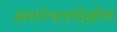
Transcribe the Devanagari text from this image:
समारंभातदेखील